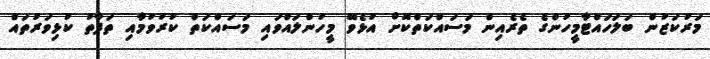
މަރުކަޒުން ބަލަހައްޓާމީހުންގެ ތެރެއިން މަސައްކަތްކޮށް އުޅެވޭ މީހުންލައްވައި މަސައްކަތް ކުރުވުމާއި ތަފާތު ކުޅިވަރުތައް